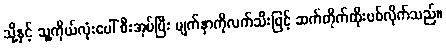
သို့နှင့် သူ့ကိုယ်လုံးပေါ် စီးအုပ်ပြီး မျက်နှာကိုလက်သီးဖြင့် ဆက်တိုက်ထိုးပစ်လိုက်သည်။